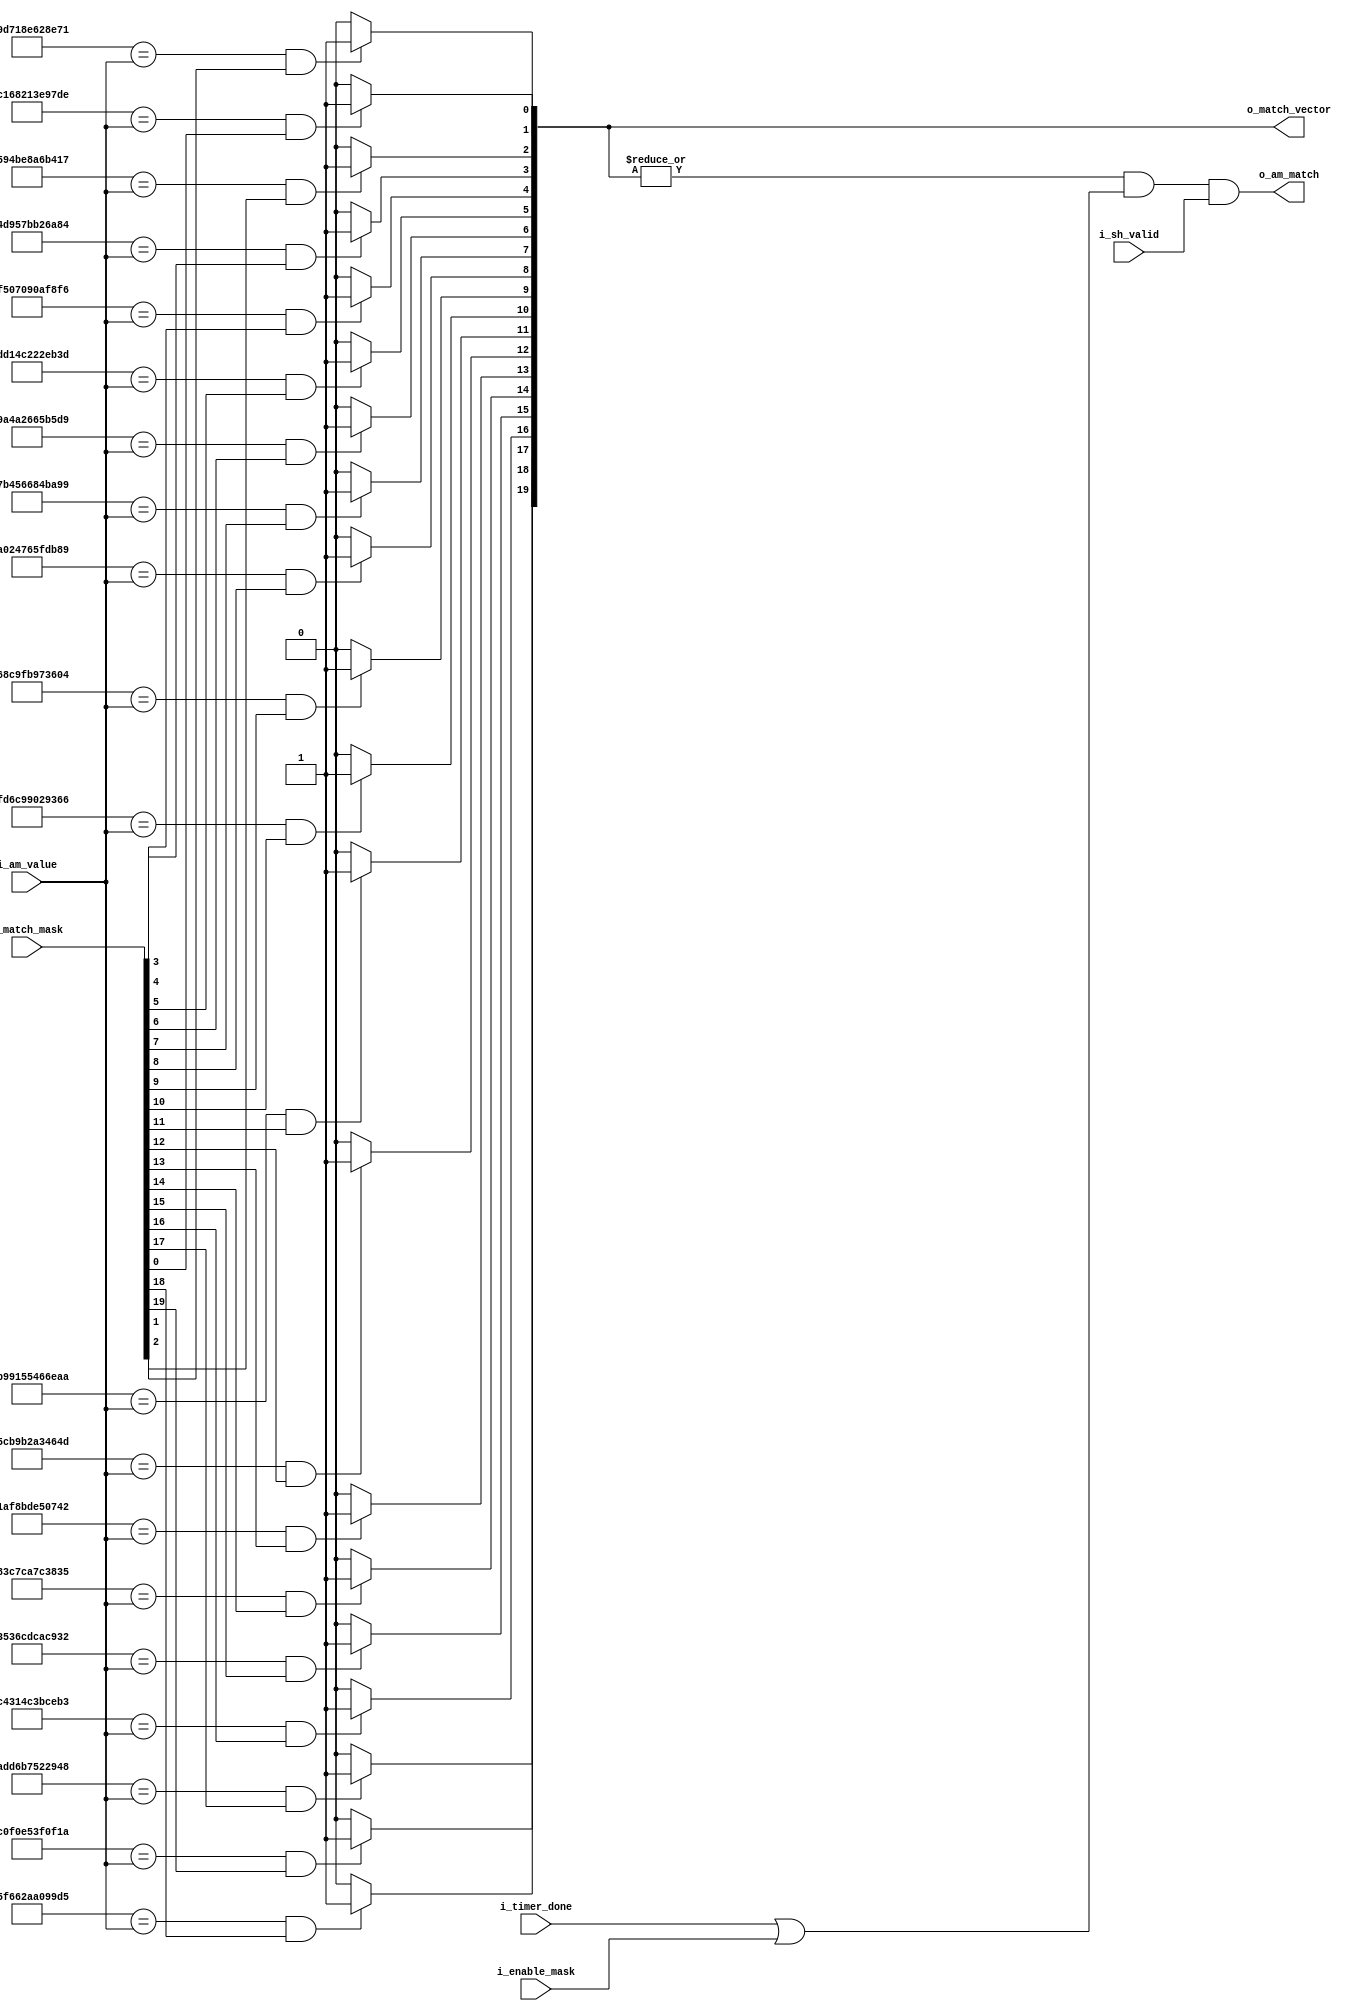



module am_lock_comparator
#(
	parameter LEN_AM 	= 48,
	parameter N_ALIGNER = 20
 )
 (	input  wire 					i_enable_mask,// input from fsm
 	input  wire 					i_timer_done ,
 	input  wire [LEN_AM-1 : 0] 	 	i_am_value	 ,
 	input  wire [N_ALIGNER-1 : 0] 	i_match_mask ,
 	input  wire 					i_sh_valid   ,
 	output wire 					o_am_match	 ,
 	output wire [N_ALIGNER-1 : 0] 	o_match_vector
 );




localparam AM_LANE_0  = 48'hC168213E97DE;
localparam AM_LANE_1  = 48'h9D718E628E71;
localparam AM_LANE_2  = 48'h594BE8A6B417;
localparam AM_LANE_3  = 48'h4D957BB26A84;
localparam AM_LANE_4  = 48'hF507090AF8F6;
localparam AM_LANE_5  = 48'hDD14C222EB3D;
localparam AM_LANE_6  = 48'h9A4A2665B5D9;
localparam AM_LANE_7  = 48'h7B456684BA99;
localparam AM_LANE_8  = 48'hA024765FDB89;
localparam AM_LANE_9  = 48'h68C9FB973604;
localparam AM_LANE_10 = 48'hFD6C99029366; //check
localparam AM_LANE_11 = 48'hB99155466EAA;
localparam AM_LANE_12 = 48'h5CB9B2A3464D;
localparam AM_LANE_13 = 48'h1AF8BDE50742;
localparam AM_LANE_14 = 48'h83C7CA7C3835;
localparam AM_LANE_15 = 48'h3536CDCAC932;
localparam AM_LANE_16 = 48'hC4314C3BCEB3;
localparam AM_LANE_17 = 48'hADD6B7522948;
localparam AM_LANE_18 = 48'h5F662AA099D5;
localparam AM_LANE_19 = 48'hC0F0E53F0F1A;


integer i;

reg [LEN_AM*N_ALIGNER-1 : 0] 	  aligners; 
reg [N_ALIGNER-1 : 0] 			  match_mask; //salida de fsm
reg [N_ALIGNER-1 : 0] 			  match_vector;//salida de comparadores
reg [N_ALIGNER-1 : 0] 			  match_expected_am;
reg [LEN_AM-1 : 0] 				  am_value;// bits
reg match_payload;
reg enable;
reg match;

always @ *
begin
	aligners 	  = { AM_LANE_19, AM_LANE_18, AM_LANE_17, AM_LANE_16, AM_LANE_15, AM_LANE_14, AM_LANE_13
					, AM_LANE_12, AM_LANE_11, AM_LANE_10, AM_LANE_9 , AM_LANE_8 , AM_LANE_7 , AM_LANE_6
					, AM_LANE_5 , AM_LANE_4 , AM_LANE_3 , AM_LANE_2 , AM_LANE_1 , AM_LANE_0 };
	match_vector  = 0;
	match_expected_am = 0;
	match_payload = 0;
	enable = 0;
	match = 0;

	for(i=0;i<N_ALIGNER;i=i+1)
	begin
		if((aligners[i*LEN_AM  +: LEN_AM] == i_am_value) && i_match_mask[i])
		begin
			match_expected_am[i] = 1;
			match_vector[i]      = 1;
		end 
	end

	match_payload = | match_expected_am; // se encontro un match
	enable 		  = (i_timer_done | i_enable_mask);
	match 		  = match_payload & enable & i_sh_valid;//input to fsm

end 

assign o_am_match = match;
assign o_match_vector = match_vector;

endmodule